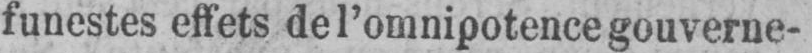
funestes effets de l’omnipotence gouverne-